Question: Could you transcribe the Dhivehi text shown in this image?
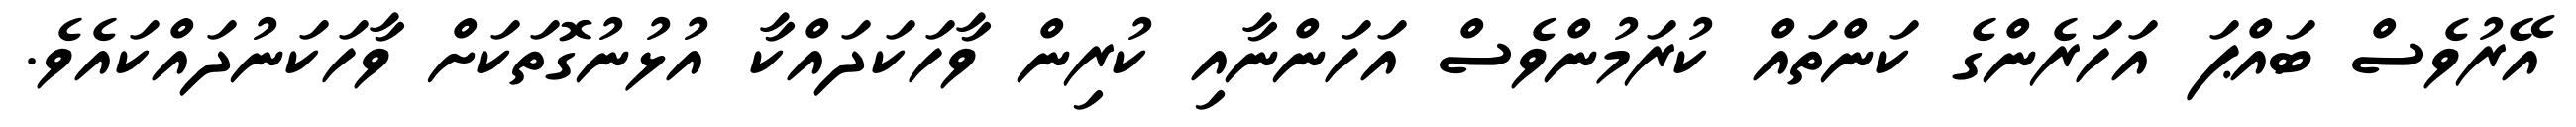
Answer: އޭރުވެސް ބައްޕަ އަހަރެންގެ ކަންތައް ކުރަމުންވެސް އަހަންނާއި ކުރިން ވާހަކަދައްކާ އުޅުނުގޮތަކަށް ވާހަކަނުދައްކައެވެ.